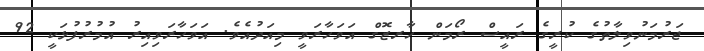
ޖަރުމަނުވިލާތުގެ ކުރީގެ ރައީސް ރޯމަން ހާރޒޮގް އަވަހާރަވީ މިއަދުއެވެ. އަވަހާރަވިއިރު އުމުރުފުޅަކީ 92